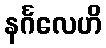
နင်္ဂလေဟိ